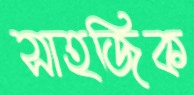
সাহজিক